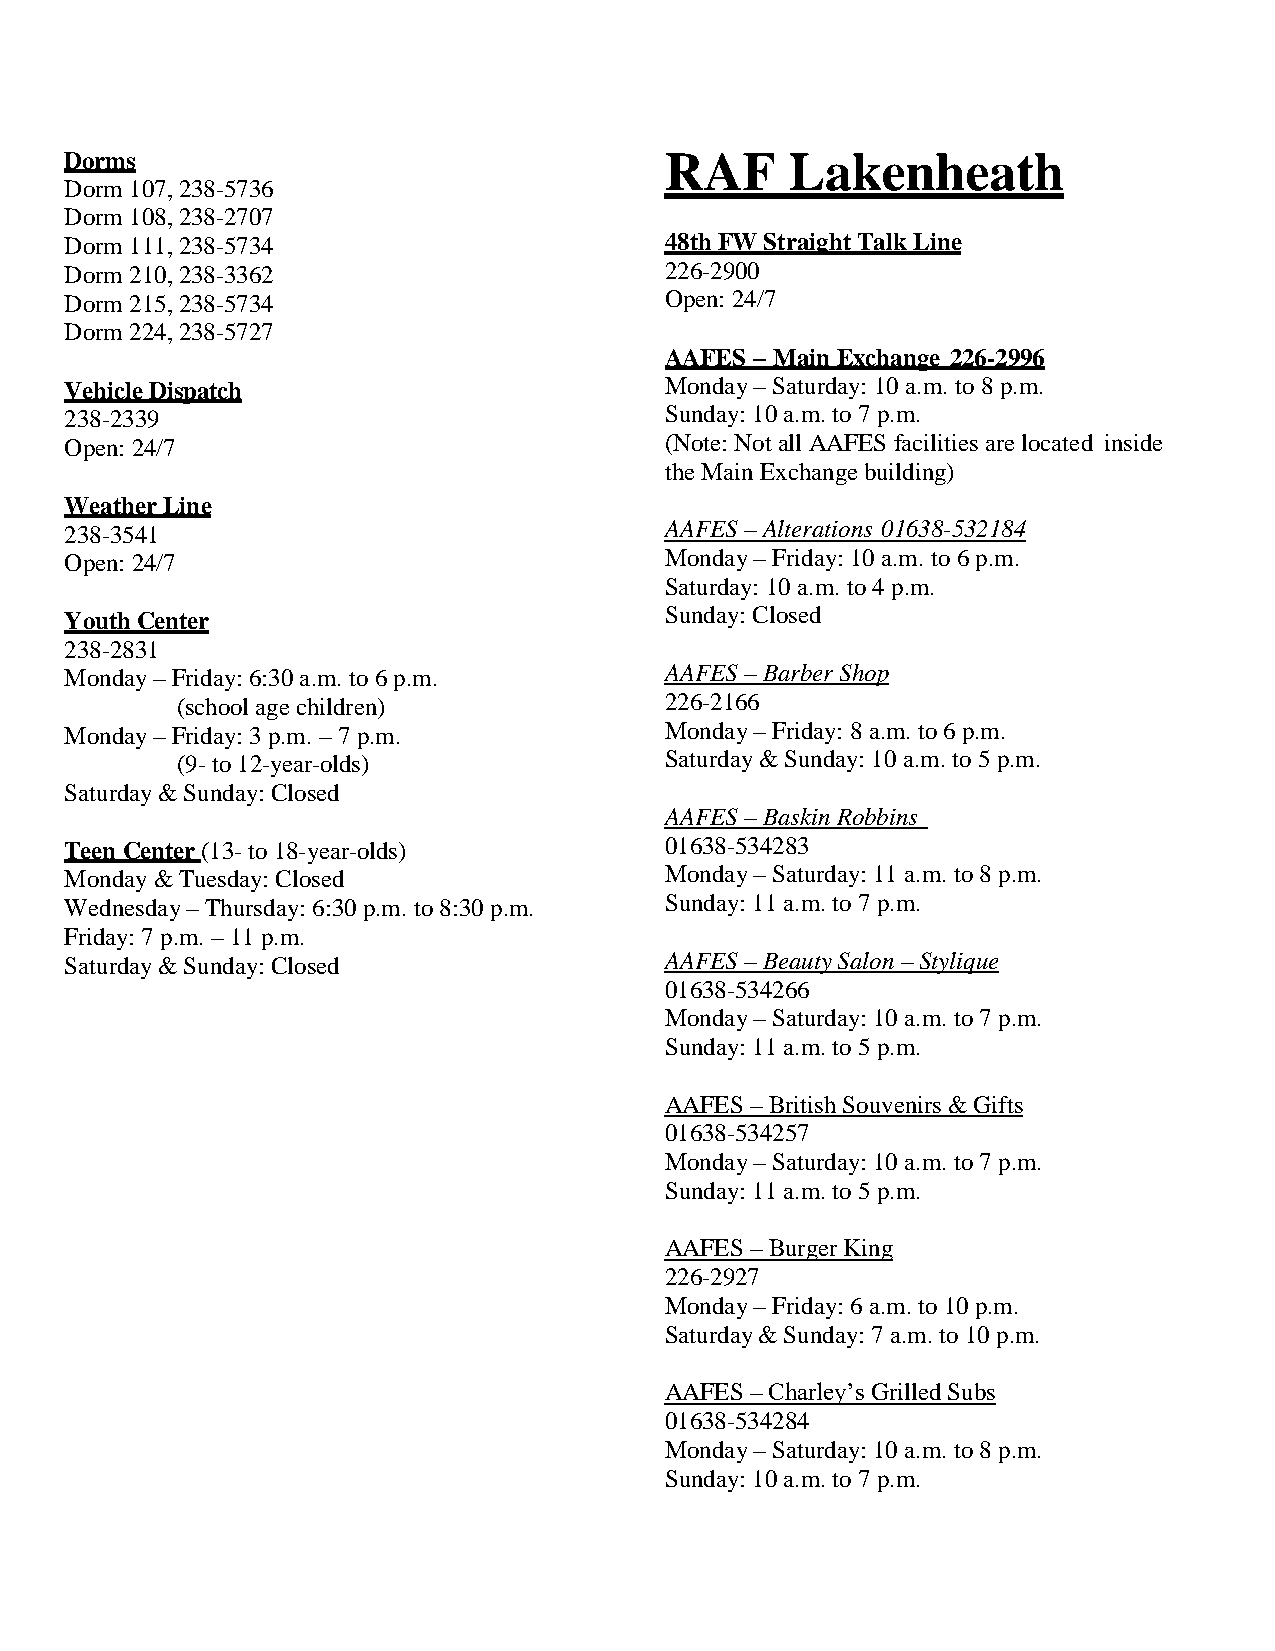
Dorms                                   RAF     Lakenheath
 Dorm 107, 238-5736
 Dorm 108, 238-2707
 Dorm 111, 238-5734                      48th FW Straight Talk Line
 Dorm 210, 238-3362                      226-2900
 Dorm 215, 238-5734                      Open: 24/7
 Dorm 224, 238-5727
 AAFES – Main Exchange 226-2996
 Vehicle Dispatch                        Monday – Saturday: 10 a.m. to 8 p.m.
 238-2339                                Sunday: 10 a.m. to 7 p.m.
 Open: 24/7                              (Note: Not all AAFES facilities are located inside
 the Main Exchange building)
 Weather Line
 238-3541                                AAFES – Alterations 01638-532184
 Open: 24/7                              Monday – Friday: 10 a.m. to 6 p.m.
 Saturday: 10 a.m. to 4 p.m.
 Youth Center                            Sunday: Closed
 238-2831
 Monday – Friday: 6:30 a.m. to 6 p.m.    AAFES – Barber Shop
 (school age children)           226-2166
 Monday – Friday: 3 p.m. – 7 p.m.        Monday – Friday: 8 a.m. to 6 p.m.
 (9- to 12-year-olds)            Saturday & Sunday: 10 a.m. to 5 p.m.
 Saturday & Sunday: Closed
 AAFES – Baskin Robbins
 Teen Center (13- to 18-year-olds)       01638-534283
 Monday & Tuesday: Closed                Monday – Saturday: 11 a.m. to 8 p.m.
 Wednesday – Thursday: 6:30 p.m. to 8:30 p.m. Sunday: 11 a.m. to 7 p.m.
 Friday: 7 p.m. – 11 p.m.
 Saturday & Sunday: Closed               AAFES – Beauty Salon – Stylique
 01638-534266
 Monday – Saturday: 10 a.m. to 7 p.m.
 Sunday: 11 a.m. to 5 p.m.
 AAFES – British Souvenirs & Gifts
 01638-534257
 Monday – Saturday: 10 a.m. to 7 p.m.
 Sunday: 11 a.m. to 5 p.m.
 AAFES – Burger King
 226-2927
 Monday – Friday: 6 a.m. to 10 p.m.
 Saturday & Sunday: 7 a.m. to 10 p.m.
 AAFES – Charley’s Grilled Subs
 01638-534284
 Monday – Saturday: 10 a.m. to 8 p.m.
 Sunday: 10 a.m. to 7 p.m.